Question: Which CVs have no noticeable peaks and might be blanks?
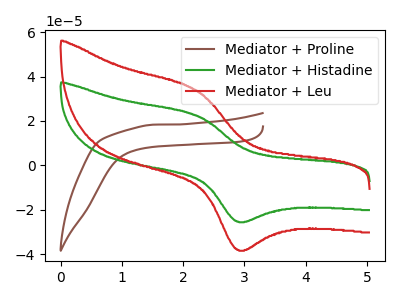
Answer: <think>The brown curve "Mediator + Proline" has no peaks. The green curve "Mediator + Histadine" has an anodic peak at (2.20V, 22.50uA) and a cathodic peak at (2.90V, -25.30uA). The red curve "Mediator + Leu" has an anodic peak at (2.20V, 33.80uA) and a cathodic peak at (2.90V, -38.00uA).</think>
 <answer>"Mediator + Proline" is likely to be a blank.</answer>
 <eval>Mediator + Proline</eval>